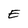
Character: E